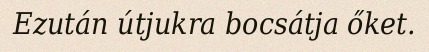
Ezután útjukra bocsátja őket.